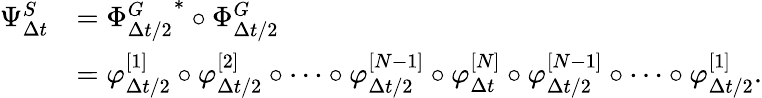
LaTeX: \begin{array}{rl}{\Psi_{\Delta{t}}^{S}}&{=\left.\Phi_{\Delta{t}/2}^{G}\right.^{\ast}\circ\Phi_{\Delta{t}/2}^{G}}\\ &{=\varphi_{\Delta{t}/2}^{[1]}\circ\varphi_{\Delta{t}/2}^{[2]}\circ\cdots\circ\varphi_{\Delta{t}/2}^{[N-1]}\circ\varphi_{\Delta{t}}^{[N]}\circ\varphi_{\Delta{t}/2}^{[N-1]}\circ\cdots\circ\varphi_{\Delta{t}/2}^{[1]}.}\end{array}